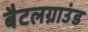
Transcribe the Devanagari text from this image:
बैटलग्राउंड